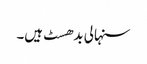
سنہالی بدھسٹ ہیں۔